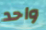
واحد